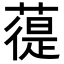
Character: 𦻀